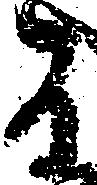
而